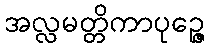
အလ္လမတ္တိကာပုဉ္ဇေ